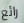
رائع